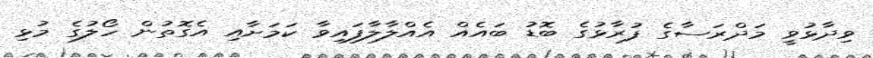
ވިދާޅުވީ މަދްރަސާގެ ފުރާޅުގެ ބޮޑު ބައެއް އެއްލާލާފައިވާ ކަމަށާއި އެގޮތުން ހޯލުގެ މުޅި